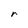
Character: r